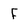
Character: F